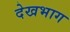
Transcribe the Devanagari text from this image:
देखभाग